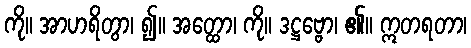
ကို။ အာဟရိတွာ၊ ၍။ အတ္ထော၊ ကို။ ဒဋ္ဌဗ္ဗော၊ ၏။ ဣတရတာ၊